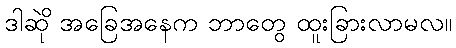
ဒါဆို အခြေအနေက ဘာတွေ ထူးခြားလာမလဲ။